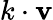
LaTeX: k\cdot\mathbf{v}